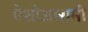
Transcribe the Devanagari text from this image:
ऐशोआरामी